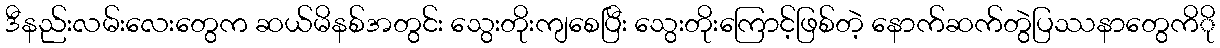
ဒီနည်းလမ်းလေးတွေက ဆယ်မိနစ်အတွင်း သွေးတိုးကျစေပြီး သွေးတိုးကြောင့်ဖြစ်တဲ့ နောက်ဆက်တွဲပြဿနာတွေကိို